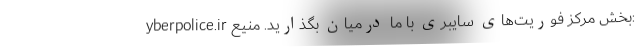
yberpolice.ir بخش مرکز فوریت‌های سایبری با ما درمیان بگذارید. منیع: